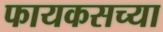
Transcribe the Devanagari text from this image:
फायकसच्या